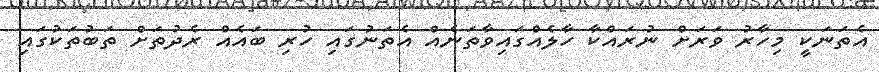
އެތަނަކީ މިހާރު ވަރަށް ނުރައްކާ ހާލެއްގައިވާތަނެއް އެތަނުގައި ހުރި ބައެއް ރެދުތަށް ތަބުތަކުގައި